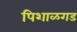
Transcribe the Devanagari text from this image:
पिशाळगड